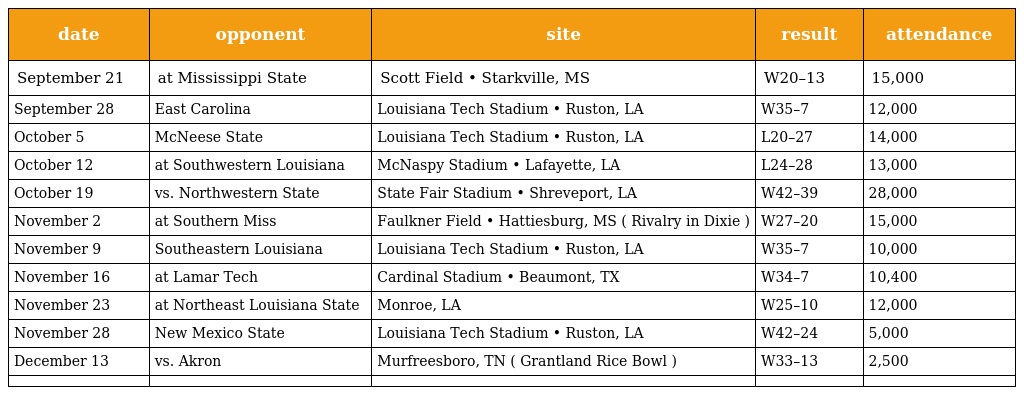
| date | opponent | site | result | attendance |
 | --- | --- | --- | --- | --- |
 | September 21 | at Mississippi State | Scott Field • Starkville, MS | W20–13 | 15,000 |
 | September 28 | East Carolina | Louisiana Tech Stadium • Ruston, LA | W35–7 | 12,000 |
 | October 5 | McNeese State | Louisiana Tech Stadium • Ruston, LA | L20–27 | 14,000 |
 | October 12 | at Southwestern Louisiana | McNaspy Stadium • Lafayette, LA | L24–28 | 13,000 |
 | October 19 | vs. Northwestern State | State Fair Stadium • Shreveport, LA | W42–39 | 28,000 |
 | November 2 | at Southern Miss | Faulkner Field • Hattiesburg, MS ( Rivalry in Dixie ) | W27–20 | 15,000 |
 | November 9 | Southeastern Louisiana | Louisiana Tech Stadium • Ruston, LA | W35–7 | 10,000 |
 | November 16 | at Lamar Tech | Cardinal Stadium • Beaumont, TX | W34–7 | 10,400 |
 | November 23 | at Northeast Louisiana State | Monroe, LA | W25–10 | 12,000 |
 | November 28 | New Mexico State | Louisiana Tech Stadium • Ruston, LA | W42–24 | 5,000 |
 | December 13 | vs. Akron | Murfreesboro, TN ( Grantland Rice Bowl ) | W33–13 | 2,500 |
 |  |  |  |  |  |